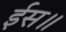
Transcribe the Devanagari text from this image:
ईस॥